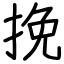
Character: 挽